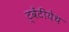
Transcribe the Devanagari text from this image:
ट्वेंटीयेथ